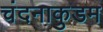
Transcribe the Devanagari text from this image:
चंदनाकुडम